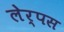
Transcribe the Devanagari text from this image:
लेर्पस